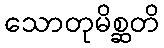
သောတုမိစ္ဆတိ